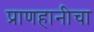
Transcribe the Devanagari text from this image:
प्राणहानीचा